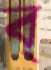
ব্